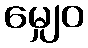
မျှေဝ